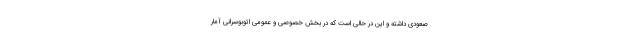
صعودی داشته و این در حالی است که در بخش خصوصی و عمومی اتوبوسرانی آمار